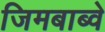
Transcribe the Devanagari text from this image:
जिमबाब्वे